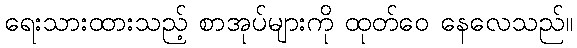
ရေးသားထားသည့် စာအုပ်များကို ထုတ်ဝေ နေလေသည်။